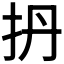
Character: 𫼘